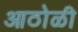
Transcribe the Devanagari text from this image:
आठोळी